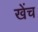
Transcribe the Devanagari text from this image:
खेंच